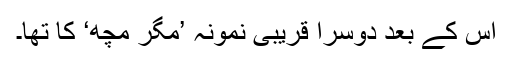
اس کے بعد دوسرا قریبی نمونہ ’مگر مچھ‘ کا تھا۔